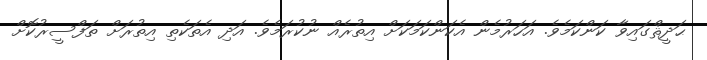
ޙަދީޘްގައިވާ ކަންކަމެވެ. އަހަރުމެން އެކަންކަމަކަށް އިތުރެއް ނުކުރަމެވެ. އަދި އެތަކެތި އިތުރަށް ތަފްސީރުކޮށް